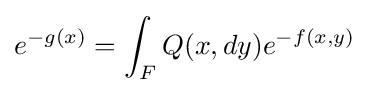
e^{-g(x)}=\int _{F}Q(x,dy)e^{-f(x,y)}